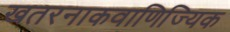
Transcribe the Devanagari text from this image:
खतरनाकवाणिज्यिक